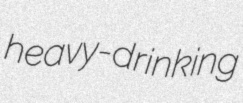
heavy-drinking